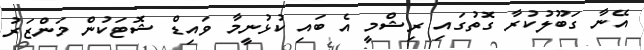
އޭނާ ގަބޫލުކުރާ ގޮތުގައި ރިޝްމީ އެ ބައި ކުޅުނީމާ ވައިޑް ޝޮޓަކުން މަންޒަރު